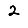
Digit: 2